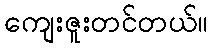
ကျေးဇူးတင်တယ်။